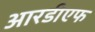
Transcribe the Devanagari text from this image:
आरडीएफ